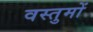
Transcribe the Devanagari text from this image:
वस्तुमों